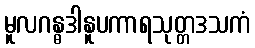
မူလဂန္ဓဒါနူပကာရသုတ္တဒသကံ